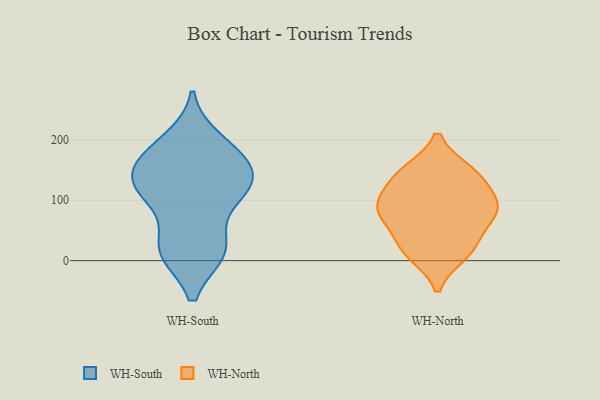
{"axis": {"x": "Operating Costs (USD K)", "y": "Value"}, "legend": ["WH-North", "WH-South"], "data": [{"x": "", "y": 118, "type": "WH-South"}, {"x": "", "y": 125, "type": "WH-South"}, {"x": "", "y": 127, "type": "WH-South"}, {"x": "", "y": 150, "type": "WH-South"}, {"x": "", "y": 16, "type": "WH-South"}, {"x": "", "y": 198, "type": "WH-South"}, {"x": "", "y": 17, "type": "WH-South"}, {"x": "", "y": 102, "type": "WH-South"}, {"x": "", "y": 16, "type": "WH-South"}, {"x": "", "y": 21, "type": "WH-South"}, {"x": "", "y": 115, "type": "WH-South"}, {"x": "", "y": 176, "type": "WH-South"}, {"x": "", "y": 159, "type": "WH-South"}, {"x": "", "y": 179, "type": "WH-South"}, {"x": "", "y": 84, "type": "WH-North"}, {"x": "", "y": 86, "type": "WH-North"}, {"x": "", "y": 101, "type": "WH-North"}, {"x": "", "y": 29, "type": "WH-North"}, {"x": "", "y": 139, "type": "WH-North"}, {"x": "", "y": 19, "type": "WH-North"}, {"x": "", "y": 147, "type": "WH-North"}, {"x": "", "y": 75, "type": "WH-North"}, {"x": "", "y": 82, "type": "WH-North"}, {"x": "", "y": 12, "type": "WH-North"}, {"x": "", "y": 142, "type": "WH-North"}]}